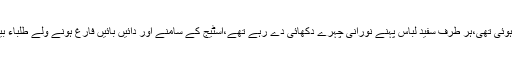
دوسری تقریب رائیونڈ رو ڈ پر واقع آس اکیڈمی کی تھی، آس اکیڈمی کی وسیع مسجد نمازیوں سے بھری ہوئی تھی،ہر طرف سفید لباس پہنے نورانی چہرے دکھائی دے رہے تھے،اسٹیج کے سامنے اور دائیں بائیں فارغ ہونے ولے طلباء بیٹھے تھے ، سفید لباس اور سفید پگڑیاں پہنے یہ طلباء ساری محفل کی رونق اور اس رات کے دلہا تھے۔